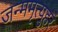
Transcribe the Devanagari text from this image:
जन्ममृत्युहरं